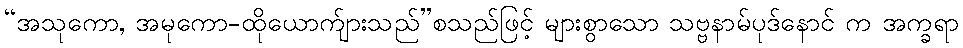
“အသုကော, အမုကော-ထိုယောက်ျားသည်”စသည်ဖြင့် များစွာသော သဗ္ဗနာမ်ပုဒ်နောင် က အက္ခရာ